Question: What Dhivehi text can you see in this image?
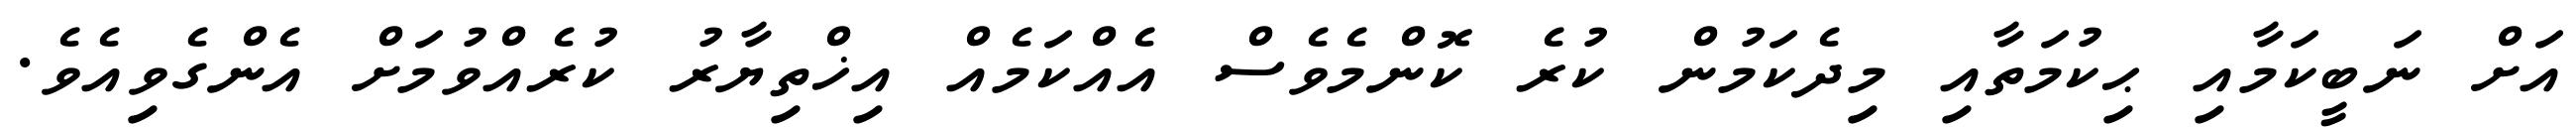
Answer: އަށް ނަބީކަމާއި ޙިކުމަތާއި މިދެކަމުން ކުރެ ކޮންމެވެސް އެއްކަމެއް އިޚްތިޔާރު ކުރެއްވުމަށް އެންގެވިއެވެ.